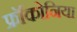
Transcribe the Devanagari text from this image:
फ्रॉंकोनिया